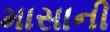
માસાની